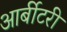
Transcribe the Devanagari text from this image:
आर्बीटरी